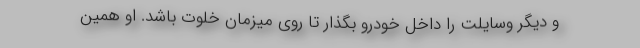
و دیگر وسایلت را داخل خودرو بگذار تا روی میزمان خلوت باشد. او همین